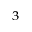
_ { 3 }